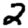
Digit: 2